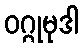
ဝဂ္ဂုမုဒါ